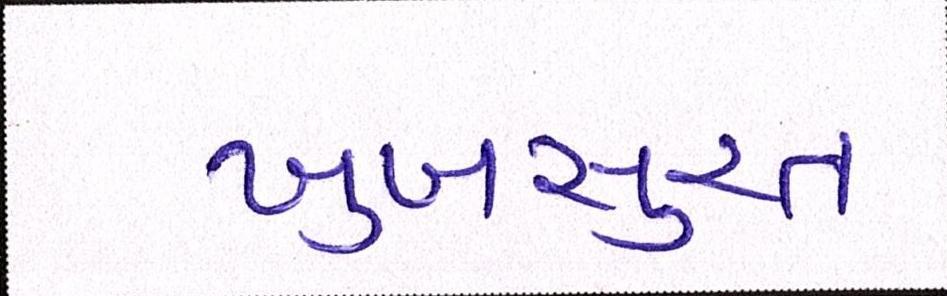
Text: ખુબસુરત